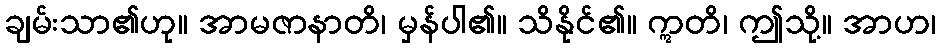
ချမ်းသာ၏ဟု။ အာမဇာနာတိ၊ မှန်ပါ၏။ သိနိုင်၏။ ဣတိ၊ ဤသို့။ အာဟ၊